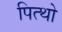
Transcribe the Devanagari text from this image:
पित्थो